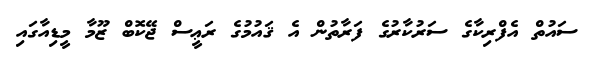
ސައުތް އެފްރިކާގެ ސަރުކާރުގެ ފަރާތުން އެ ޤައުމުގެ ރަޢީސް ޖޭކޮބް ޒޫމާ މީޑިއާގައި